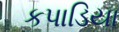
કપાડિયા